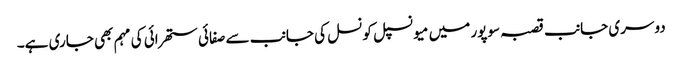
دوسری جانب قصبہ سوپور میں میو نسپل کونسل کی جانب سے صفائی ستھرائی کی مہم بھی جاری ہے۔